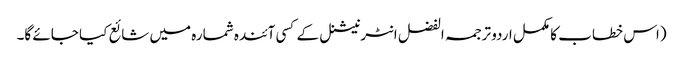
(اس خطاب کا مکمل اردو ترجمہ الفضل انٹرنیشنل کے کسی آئندہ شمارہ میں شائع کیا جائے گا۔